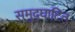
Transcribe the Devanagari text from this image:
समुद्घाटित